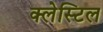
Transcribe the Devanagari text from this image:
क्लेस्टिल